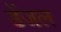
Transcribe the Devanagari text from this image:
डेंजल